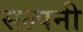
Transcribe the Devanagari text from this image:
सल्पनी